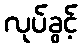
လုပ်ခွင့်